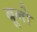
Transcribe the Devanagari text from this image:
बूनो